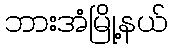
ဘားအံမြို့နယ်